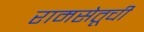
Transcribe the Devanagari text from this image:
रामसेतूची